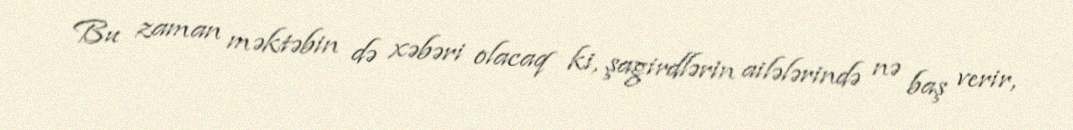
Bu zaman məktəbin də xəbəri olacaq ki, şagirdlərin ailələrində nə baş verir,